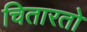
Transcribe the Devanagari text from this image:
चितारतो